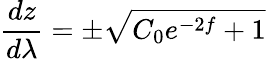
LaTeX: \frac{dz}{d\lambda}=\pm\sqrt{C_{0}e^{-2f}+1}